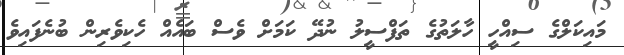
މައިކަލްގެ ސިއްހީ ހާލަތުގެ ތަފްސީލު ނުދޭ ކަމަށް ވެސް ބައެއް ހެކިވެރިން ބުނެފައިވެ